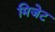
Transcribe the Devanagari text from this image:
मिजेट